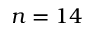
n = 1 4